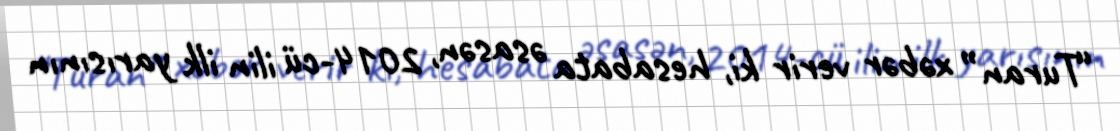
“Turan” xəbər verir ki, hesabata əsasən, 2014-cü ilin ilk yarısının